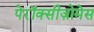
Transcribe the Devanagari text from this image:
पेरॉक्सीज़ोमेस